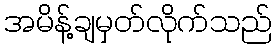
အမိန့်ချမှတ်လိုက်သည်